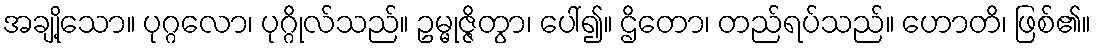
အချို့သော။ ပုဂ္ဂလော၊ ပုဂ္ဂိုလ်သည်။ ဥမ္မုဇ္ဇိတွာ၊ ပေါ်၍။ ဌိတော၊ တည်ရပ်သည်။ ဟောတိ၊ ဖြစ်၏။